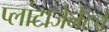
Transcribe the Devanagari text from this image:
प्लांटाजेनेटचे